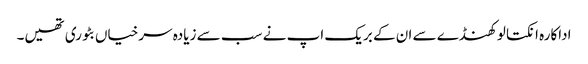
اداکارہ انکتا لوکھنڈے سے ان کے بریک اپ نے سب سے زیادہ سرخیاں بٹوری تھیں۔